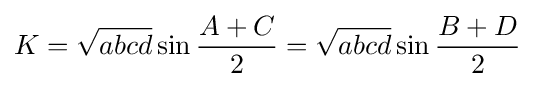
\displaystyle K={\sqrt {abcd}}\sin {\frac {A+C}{2}}={\sqrt {abcd}}\sin {\frac {B+D}{2}}